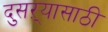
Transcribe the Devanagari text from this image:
दुसऱ्यासाठी